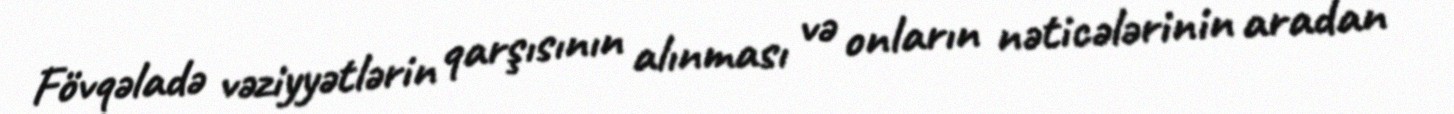
Fövqəladə vəziyyətlərin qarşısının alınması və onların nəticələrinin aradan